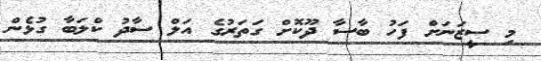
މި ސީޒަނަށް ފަހު ބާސާ ދޫކޮށް ގަތަރުގެ އަލް ސާދު ކްލަބާ ގުޅެން